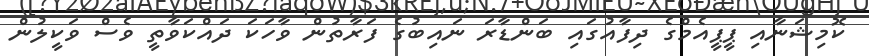
ކޮމިޝަނާއި ޕީޕީއެމްގެ ދިފާއުގައި ބަންޑާރަ ނައިބުގެ ފަރާތުން ވާހަކަ ދައްކަވާތީ ވެސް ވަކީލުން